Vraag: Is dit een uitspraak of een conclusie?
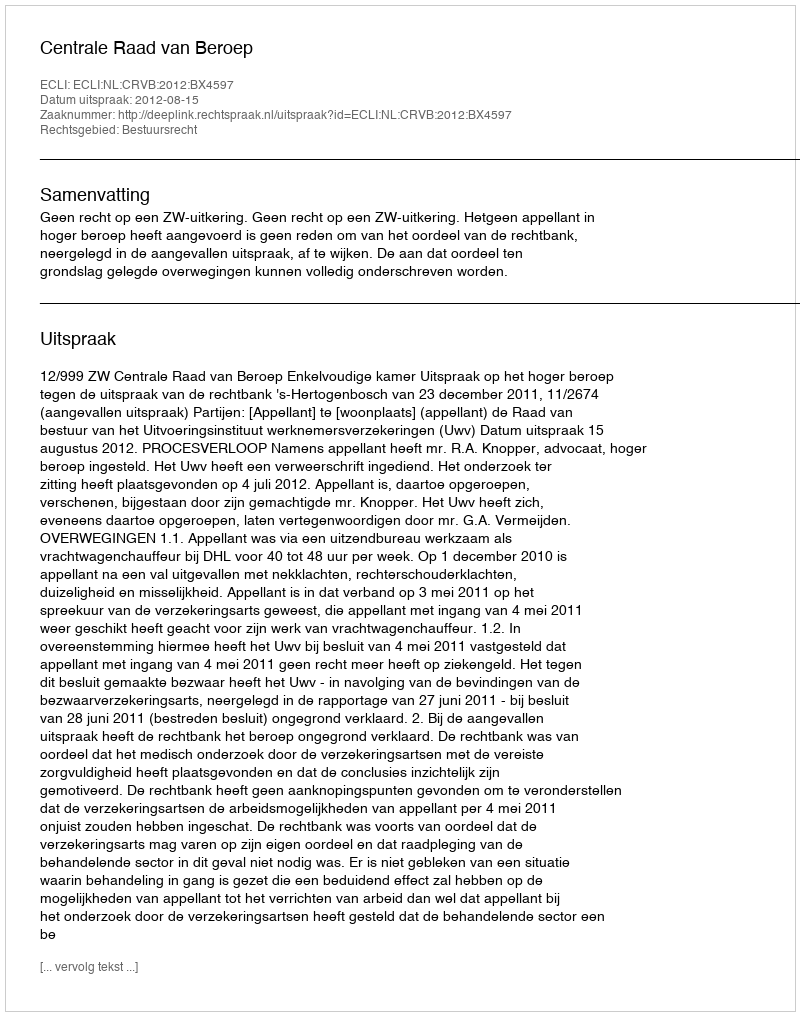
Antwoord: Uitspraak